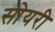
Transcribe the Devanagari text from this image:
सोयरी